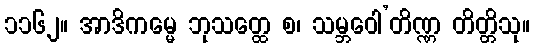
၁၁၆၂။ အာဒိကမ္မေ ဘုသတ္ထေ စ၊ သမ္ဘဝေါ’တိဏ္ဏ တိတ္တိသု။